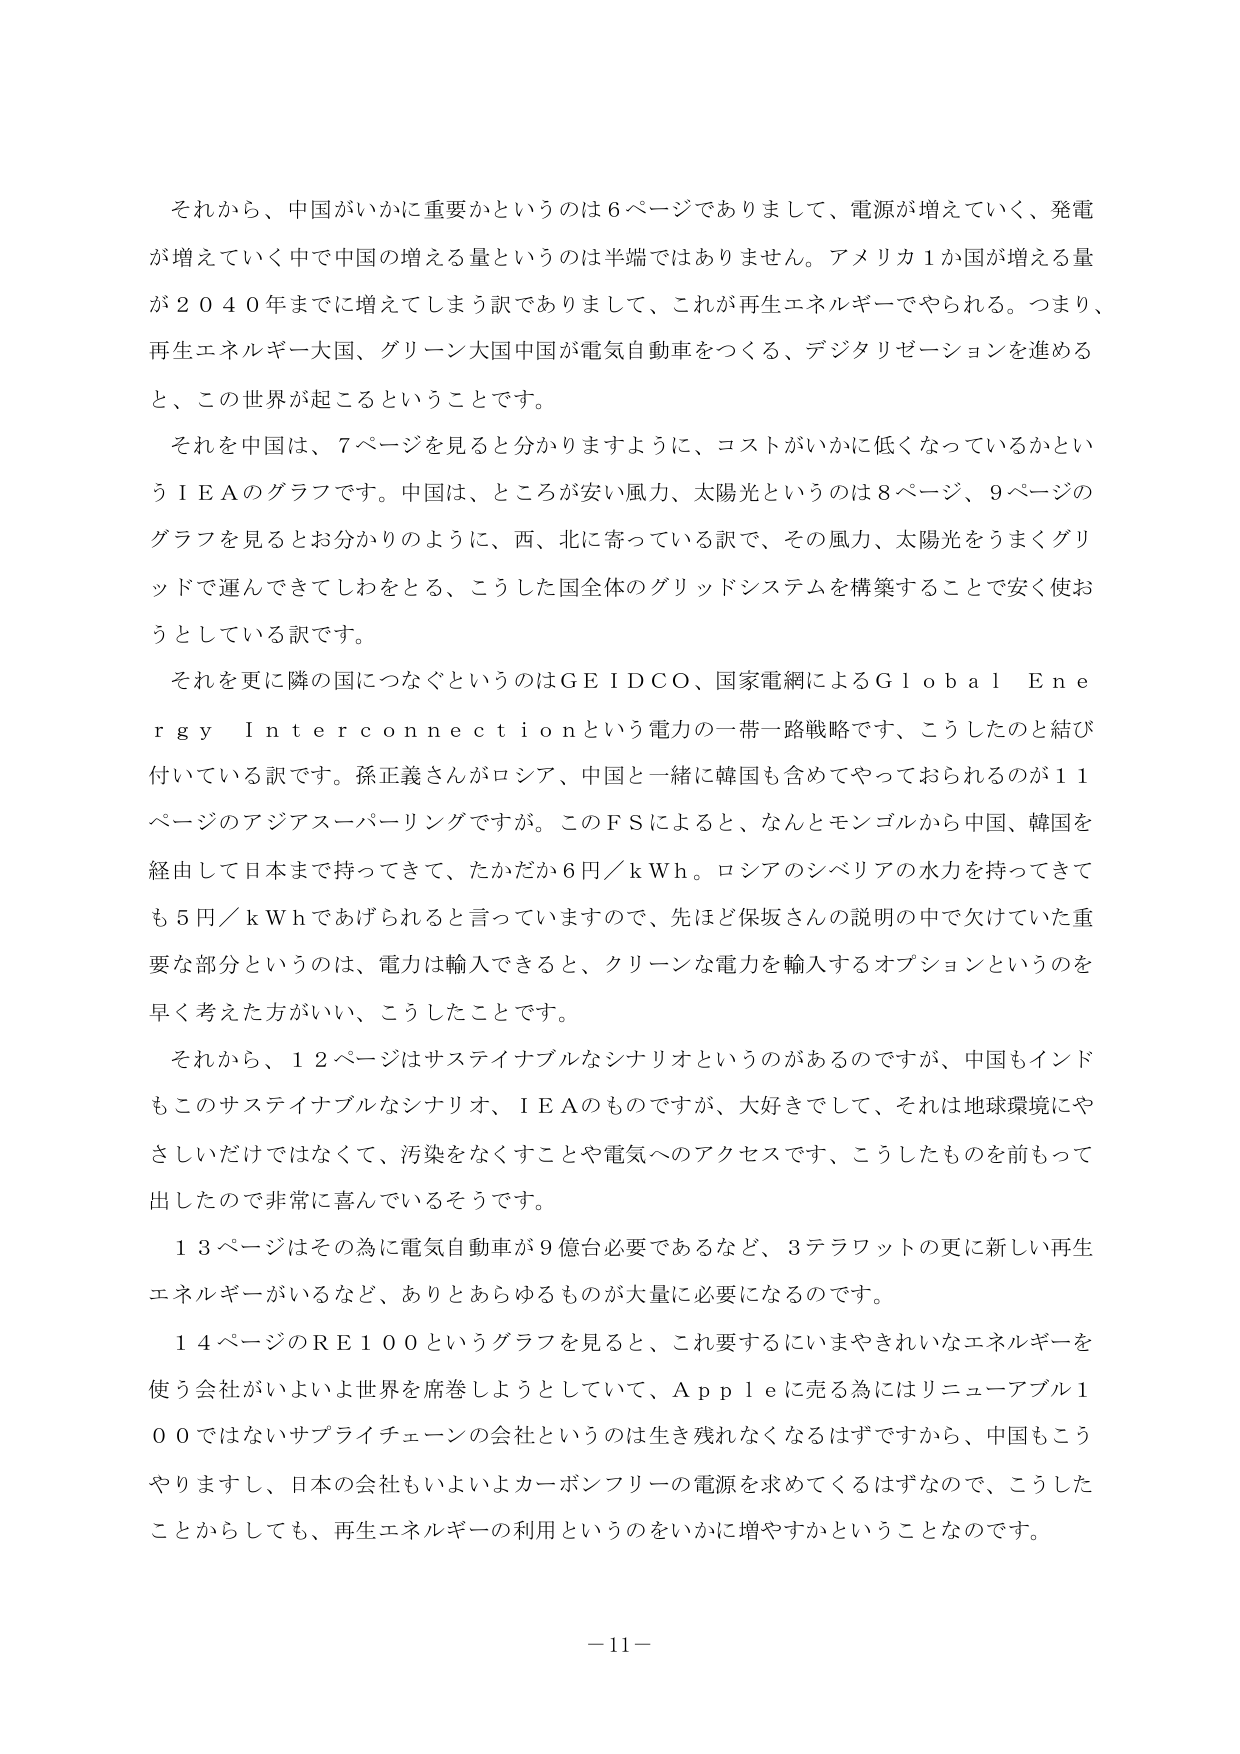
それから、中国がいかに重要かというのは６ページでありまして、電源が増えていく、発電が増えていく中で中国の増える量というのは半端ではありません。アメリカ１か国が増える量が２０４０年までに増えてしまう訳でありまして、これが再生エネルギーでやられる。つまり、再生エネルギー大国、グリーン大国中国が電気自動車をつくる、デジタリゼーションを進める と、この世界が起こるということです。

それを中国は、７ページを見ると分かりますように、コストがいかに低くなっているかというＩＥＡのグラフです。中国は、ところが安い風力、太陽光というのは８ページ、９ページのグラフを見るとお分かりのように、西、北に寄っている訳で、その風力、太陽光をうまくグリッドで運んできてしわをとる、こうした国全体のグリッドシステムを構築することで安く使おうとしている訳です。

それを更に隣の国につなぐというのはＧＥＩＤＣＯ、国家電網によるＧｌｏｂａｌ Ｅｎｅｒｇｙ Ｉｎｔｅｒｃｏｎｎｅｃｔｉｏｎという電力の一帯一路戦略です、こうしたのと結び付いている訳です。孫正義さんがロシア、中国と一緒に韓国も含めてやっておられるのが１１ページのアジアスーパーリングですが。このＦＳによると、なんとモンゴルから中国、韓国を経由して日本まで持ってきて、たかだか６円／ｋＷｈ。ロシアのシベリアの水力を持ってきても５円／ｋＷｈであげられると言っていますので、先ほど保坂さんの説明の中で欠けていた重要な部分というのは、電力は輸入できると、クリーンな電力を輸入するオプションというのを早く考えた方がいい、こうしたことです。

それから、１２ページはサステイナブルなシナリオというのがあるのですが、中国もインドもこのサステイナブルなシナリオ、ＩＥＡのものですがあまり好きでして、それは地球環境にやさしいだけではなくて、汚染をなくすことや電気へのアクセスです、こうしたものを前もって出したので非常に喜んでいるそうです。

１３ページはその為に電気自動車が９億台必要であるなど、３テラワットの更に新しい再生エネルギーがいるなど、ありとあらゆるものが大量に必要になるのです。

１４ページのＲＥ１００というグラフを見ると、これ要するにいまやきれいなエネルギーを使う会社がいよいよ世界を席巻しようとしていて、Ａｐｐｌｅに売る為にはリニューアブル１００ではないサプライチェーンの会社というのは生き残れなくなるはずですから、中国もこうやりますし、日本の会社もいよいよカーボンフリーの電源を求めてくるはずなので、こうしたことからしても、再生エネルギーの利用というのをいかに増やすかということなのです。

－11－